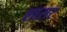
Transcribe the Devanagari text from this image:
शासर